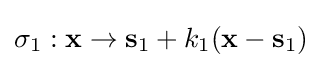
\sigma _{1}:\mathbf {x} \to \mathbf {s} _{1}+k_{1}(\mathbf {x} -\mathbf {s} _{1})